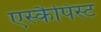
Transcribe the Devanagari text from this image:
एस्कैपिस्ट